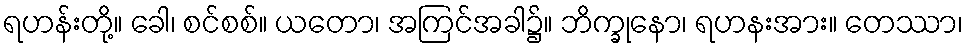
ရဟန်းတို့။ ခေါ၊ စင်စစ်။ ယတော၊ အကြင်အခါ၌။ ဘိက္ခုနော၊ ရဟနးအား။ တေဿာ၊